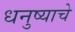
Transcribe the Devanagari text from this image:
धनुष्याचे